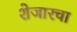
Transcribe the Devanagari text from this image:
शेजारचा